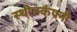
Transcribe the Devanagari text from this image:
स्थीतकंपनी